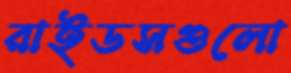
রাইডসগুলো